65_HS1-834228961_62-HQ-83894_Section_3
Agency: FBI
Page 41
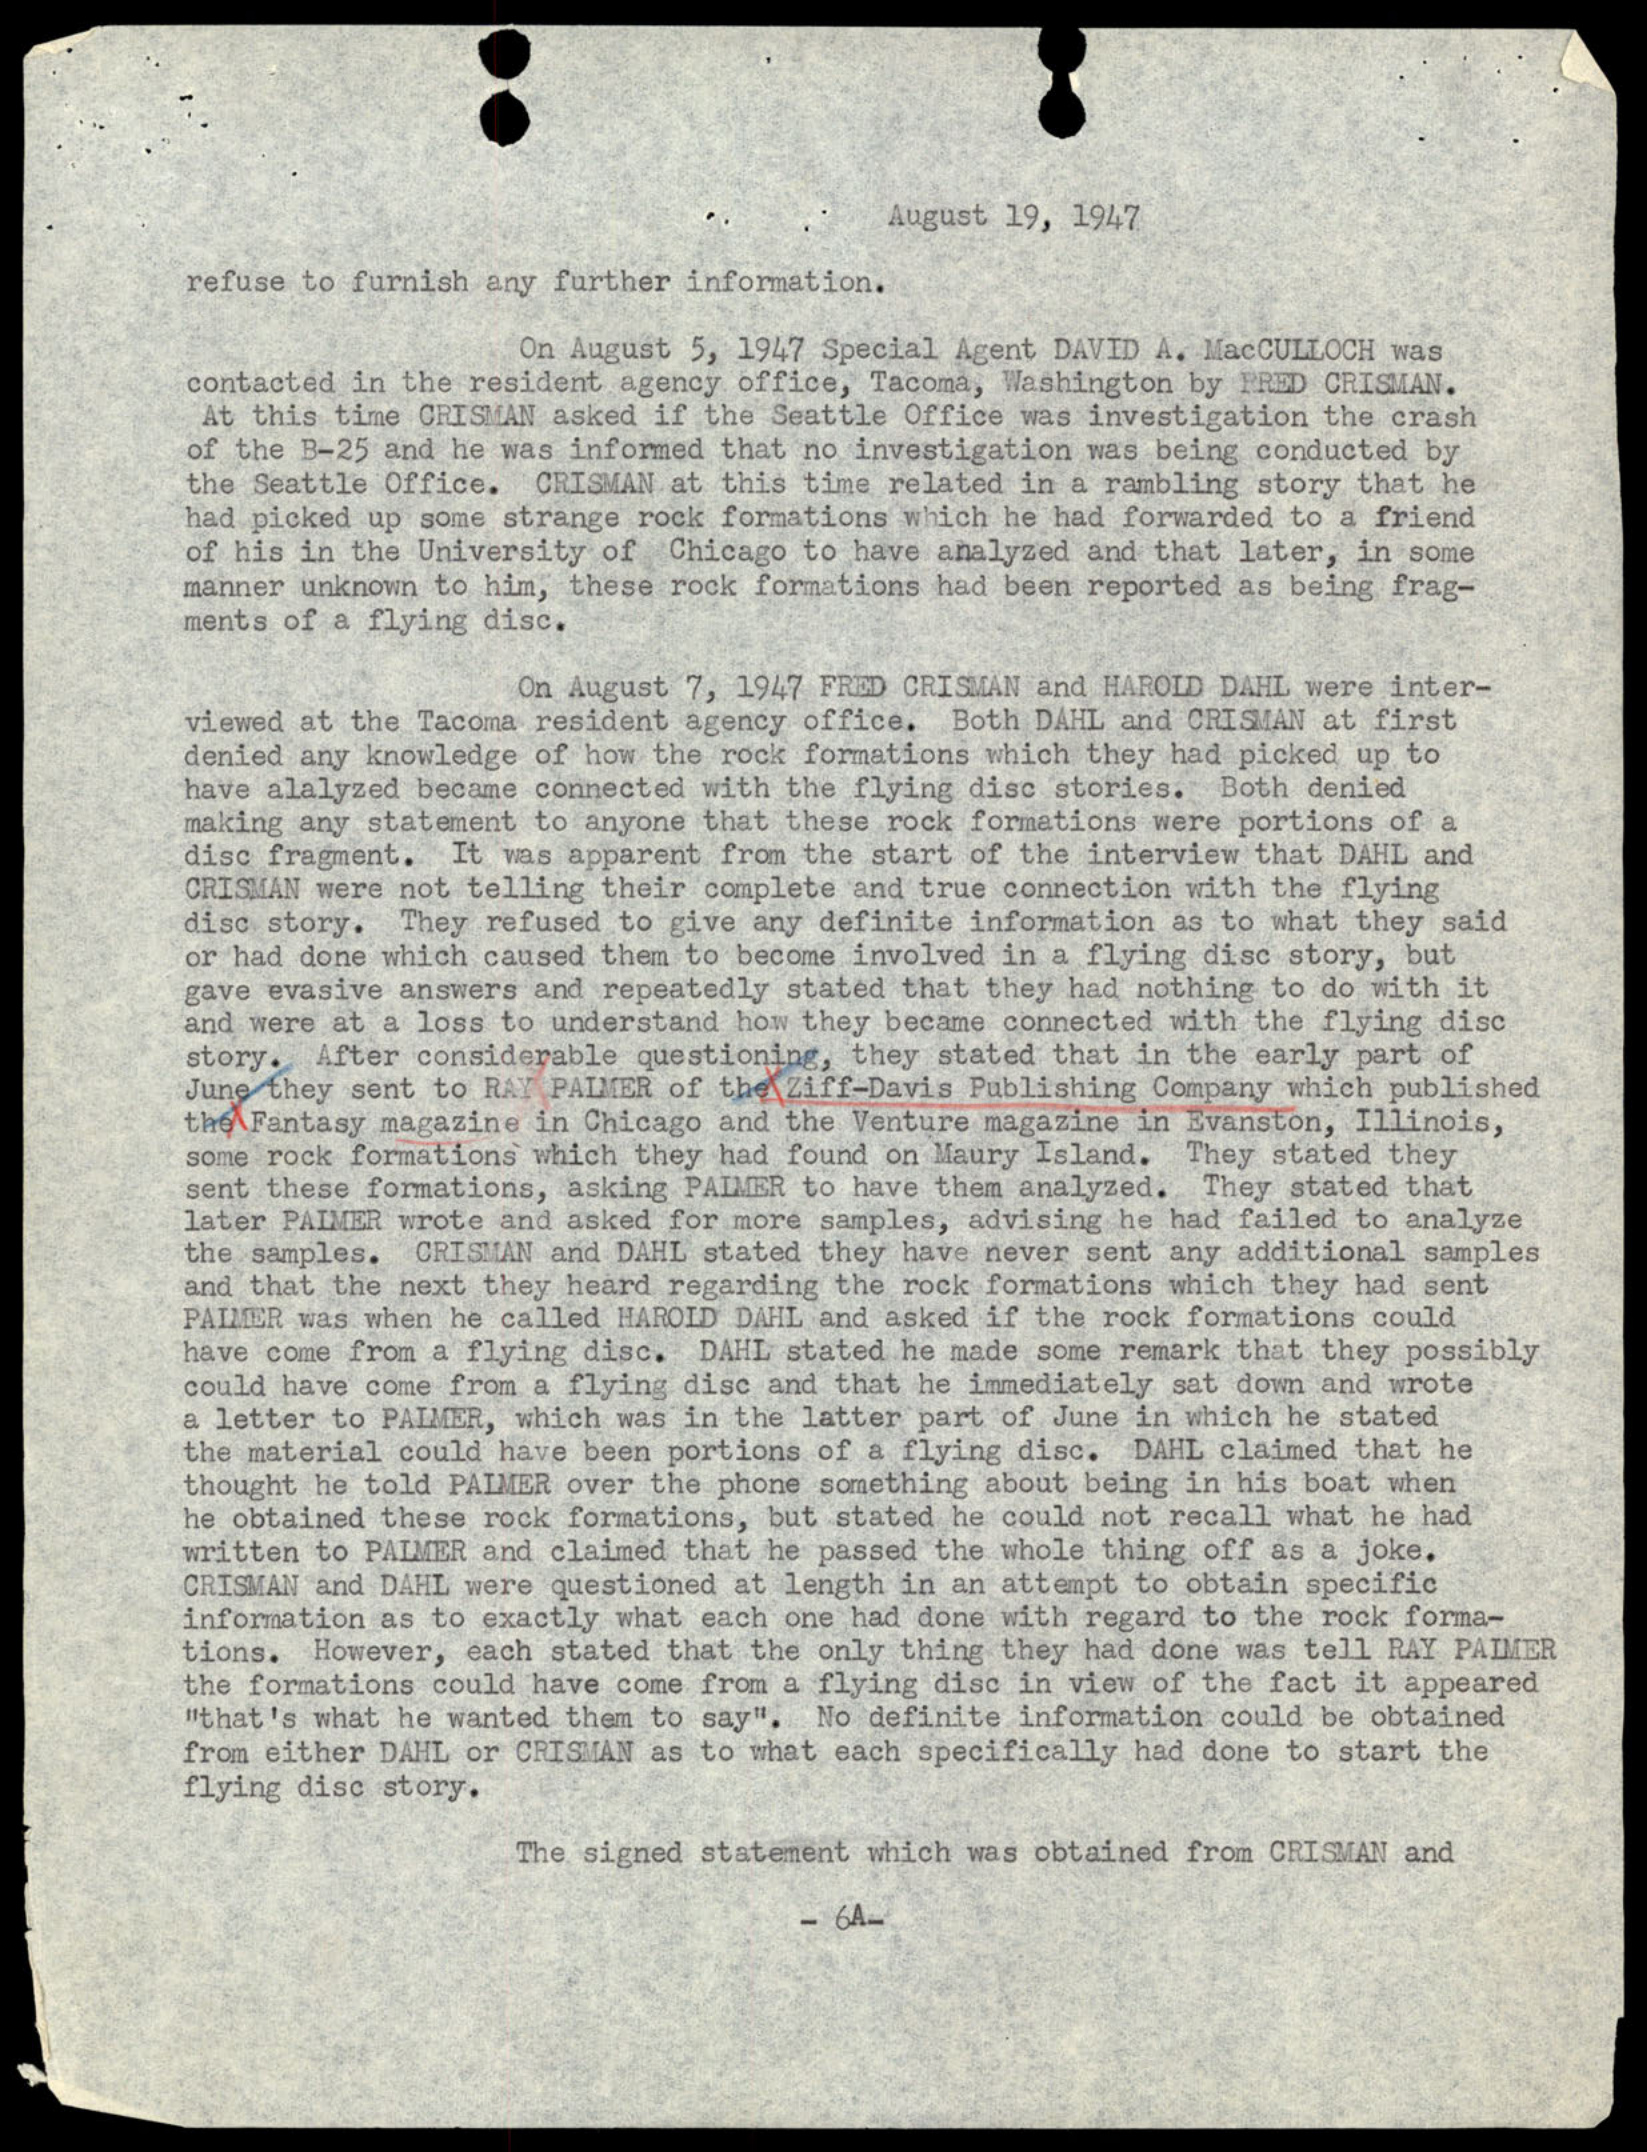